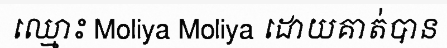
ឈ្មោះ Moliya Moliya ដោយគាត់បាន